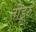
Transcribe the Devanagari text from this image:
तॊंडूरु